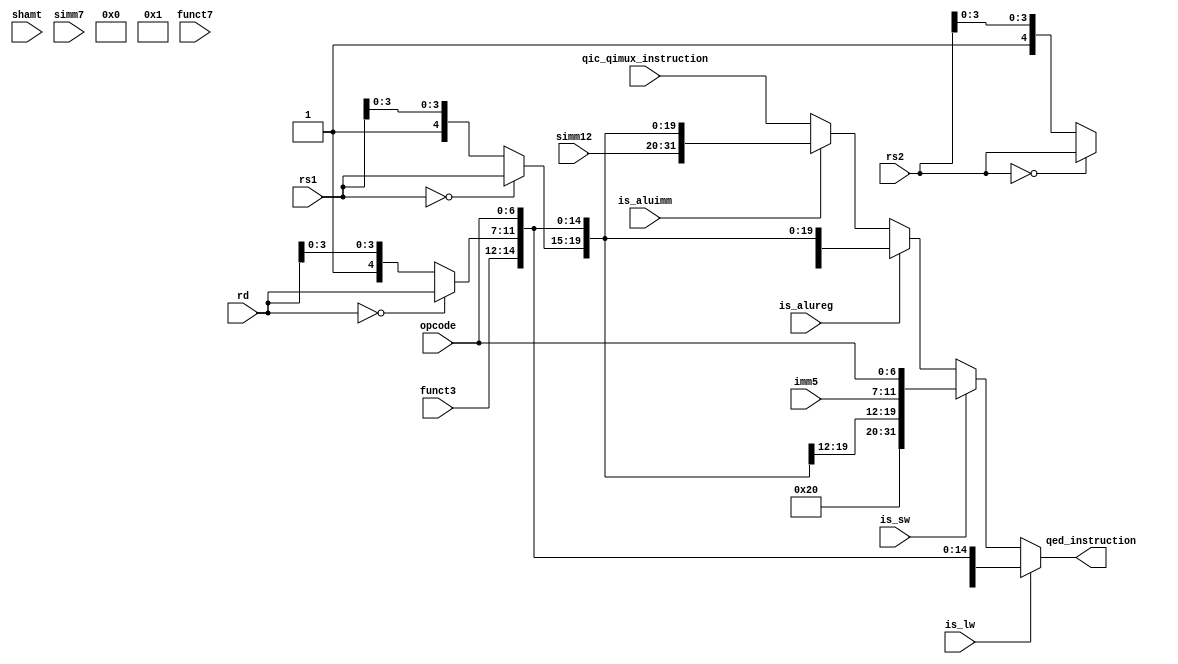
module modify_instruction (qic_qimux_instruction,
                           is_lw,
                           is_sw,
                           is_aluimm,
			   is_alureg,

                           rd,
                           rs1,
                           rs2,
                           simm12,
			   opcode,
			   funct3,
			   funct7,
			   imm5,
			   shamt,
                           simm7,

                           qed_instruction);

   input [31:0] qic_qimux_instruction;
   wire [31:0]  instruction;
   assign instruction = qic_qimux_instruction;

   input [4:0] 	rd;
   input [4:0]  rs1;
   input [4:0]  rs2;
   input [6:0]  opcode;
   input [11:0] simm12;  // signed imm for I type or instructions using rd, rs1 only like LW 
   input [2:0] 	funct3;
   input [6:0] 	funct7;
   input [4:0] 	imm5;  // lower order imm bits for S type instruction
   input [6:0] 	simm7; // higher order bits (including sign bits) of imm operand for S type instruction
   input [4:0] 	shamt; // shift amount for immediate shift operations

   input 	is_lw;
   input 	is_sw;
   input 	is_aluimm;
   input 	is_alureg; // includes mult instructions

   output [31:0] qed_instruction;
   
   wire [31:0]   ins_lw;
   wire [31:0]   ins_sw;
   wire [31:0]   ins_alureg;
   wire [31:0]   ins_aluimm;

   wire [4:0]    new_rd;
   wire [4:0]    new_rs1;
   wire [4:0]    new_rs2;
   wire [11:0]   new_simm12;
   wire [6:0] 	 new_simm7;
  
   assign new_rd  = (rd  == 5'b00000) ? rd  : {1'b1, rd[3:0]};
   assign new_rs1 = (rs1 == 5'b00000) ? rs1 : {1'b1, rs1[3:0]};
   assign new_rs2 = (rs2 == 5'b00000) ? rs2 : {1'b1, rs2[3:0]};
   assign new_simm12 = {7'b0000001, simm12[6:0]};  // changes for duplicate LW instruction
   //assign new_simm7 =  {5'b00001, simm7[1:0]};  // changes for duplicate SW instruction
   assign new_simm7 =   7'b0000001;  // changes for duplicate SW instruction
   
   assign ins_lw    = {new_simm12, 5'b0, funct3, new_rd, opcode};
   assign ins_sw    = {new_simm7, 5'b0, new_rs1, funct3, imm5, opcode};
   assign ins_aluimm = {simm12, new_rs1, funct3, new_rd, opcode};
   assign ins_alureg = {funct7, new_rs2, new_rs1, funct3, new_rd, opcode};
      

   assign qed_instruction = is_lw ? ins_lw : (is_sw ? ins_sw : (is_alureg ? ins_alureg : 
								(is_aluimm ? ins_aluimm : instruction)));
   
   
endmodule